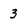
Character: 3